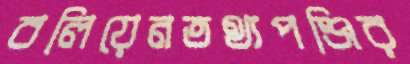
বলিয়েনতথ্যপঞ্জির